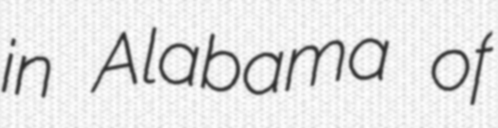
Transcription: in Alabama of